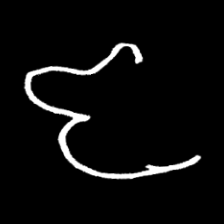
Pyu character \u2014 Myanmar letter: ဇ (romanized: ja)